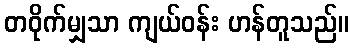
တဝိုက်မျှသာ ကျယ်ဝန်း ဟန်တူသည်။